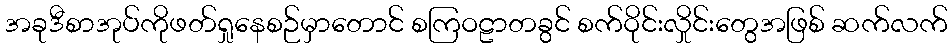
အခုဒီစာအုပ်ကိုဖတ်ရှုနေစဉ်မှာတောင် စကြဝဠာတခွင် စက်ဝိုင်းလှိုင်းတွေအဖြစ် ဆက်လက်